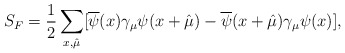
\begin{align*}S_F=\frac{1}{2}\sum_{x,\hat{\mu}}[\overline{\psi}(x)\gamma_\mu\psi (x+\hat{\mu})-\overline{\psi}(x+\hat{\mu})\gamma_\mu\psi(x)],\end{align*}